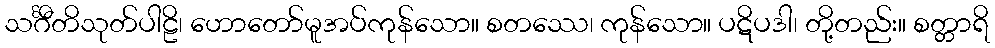
သင်္ဂီတိသုတ်ပါဠိ၊ ဟောတော်မူအပ်ကုန်သော။ စတဿေ၊ ကုန်သော။ ပဋိပဒါ၊ တို့တည်း။ စတ္တာရိ